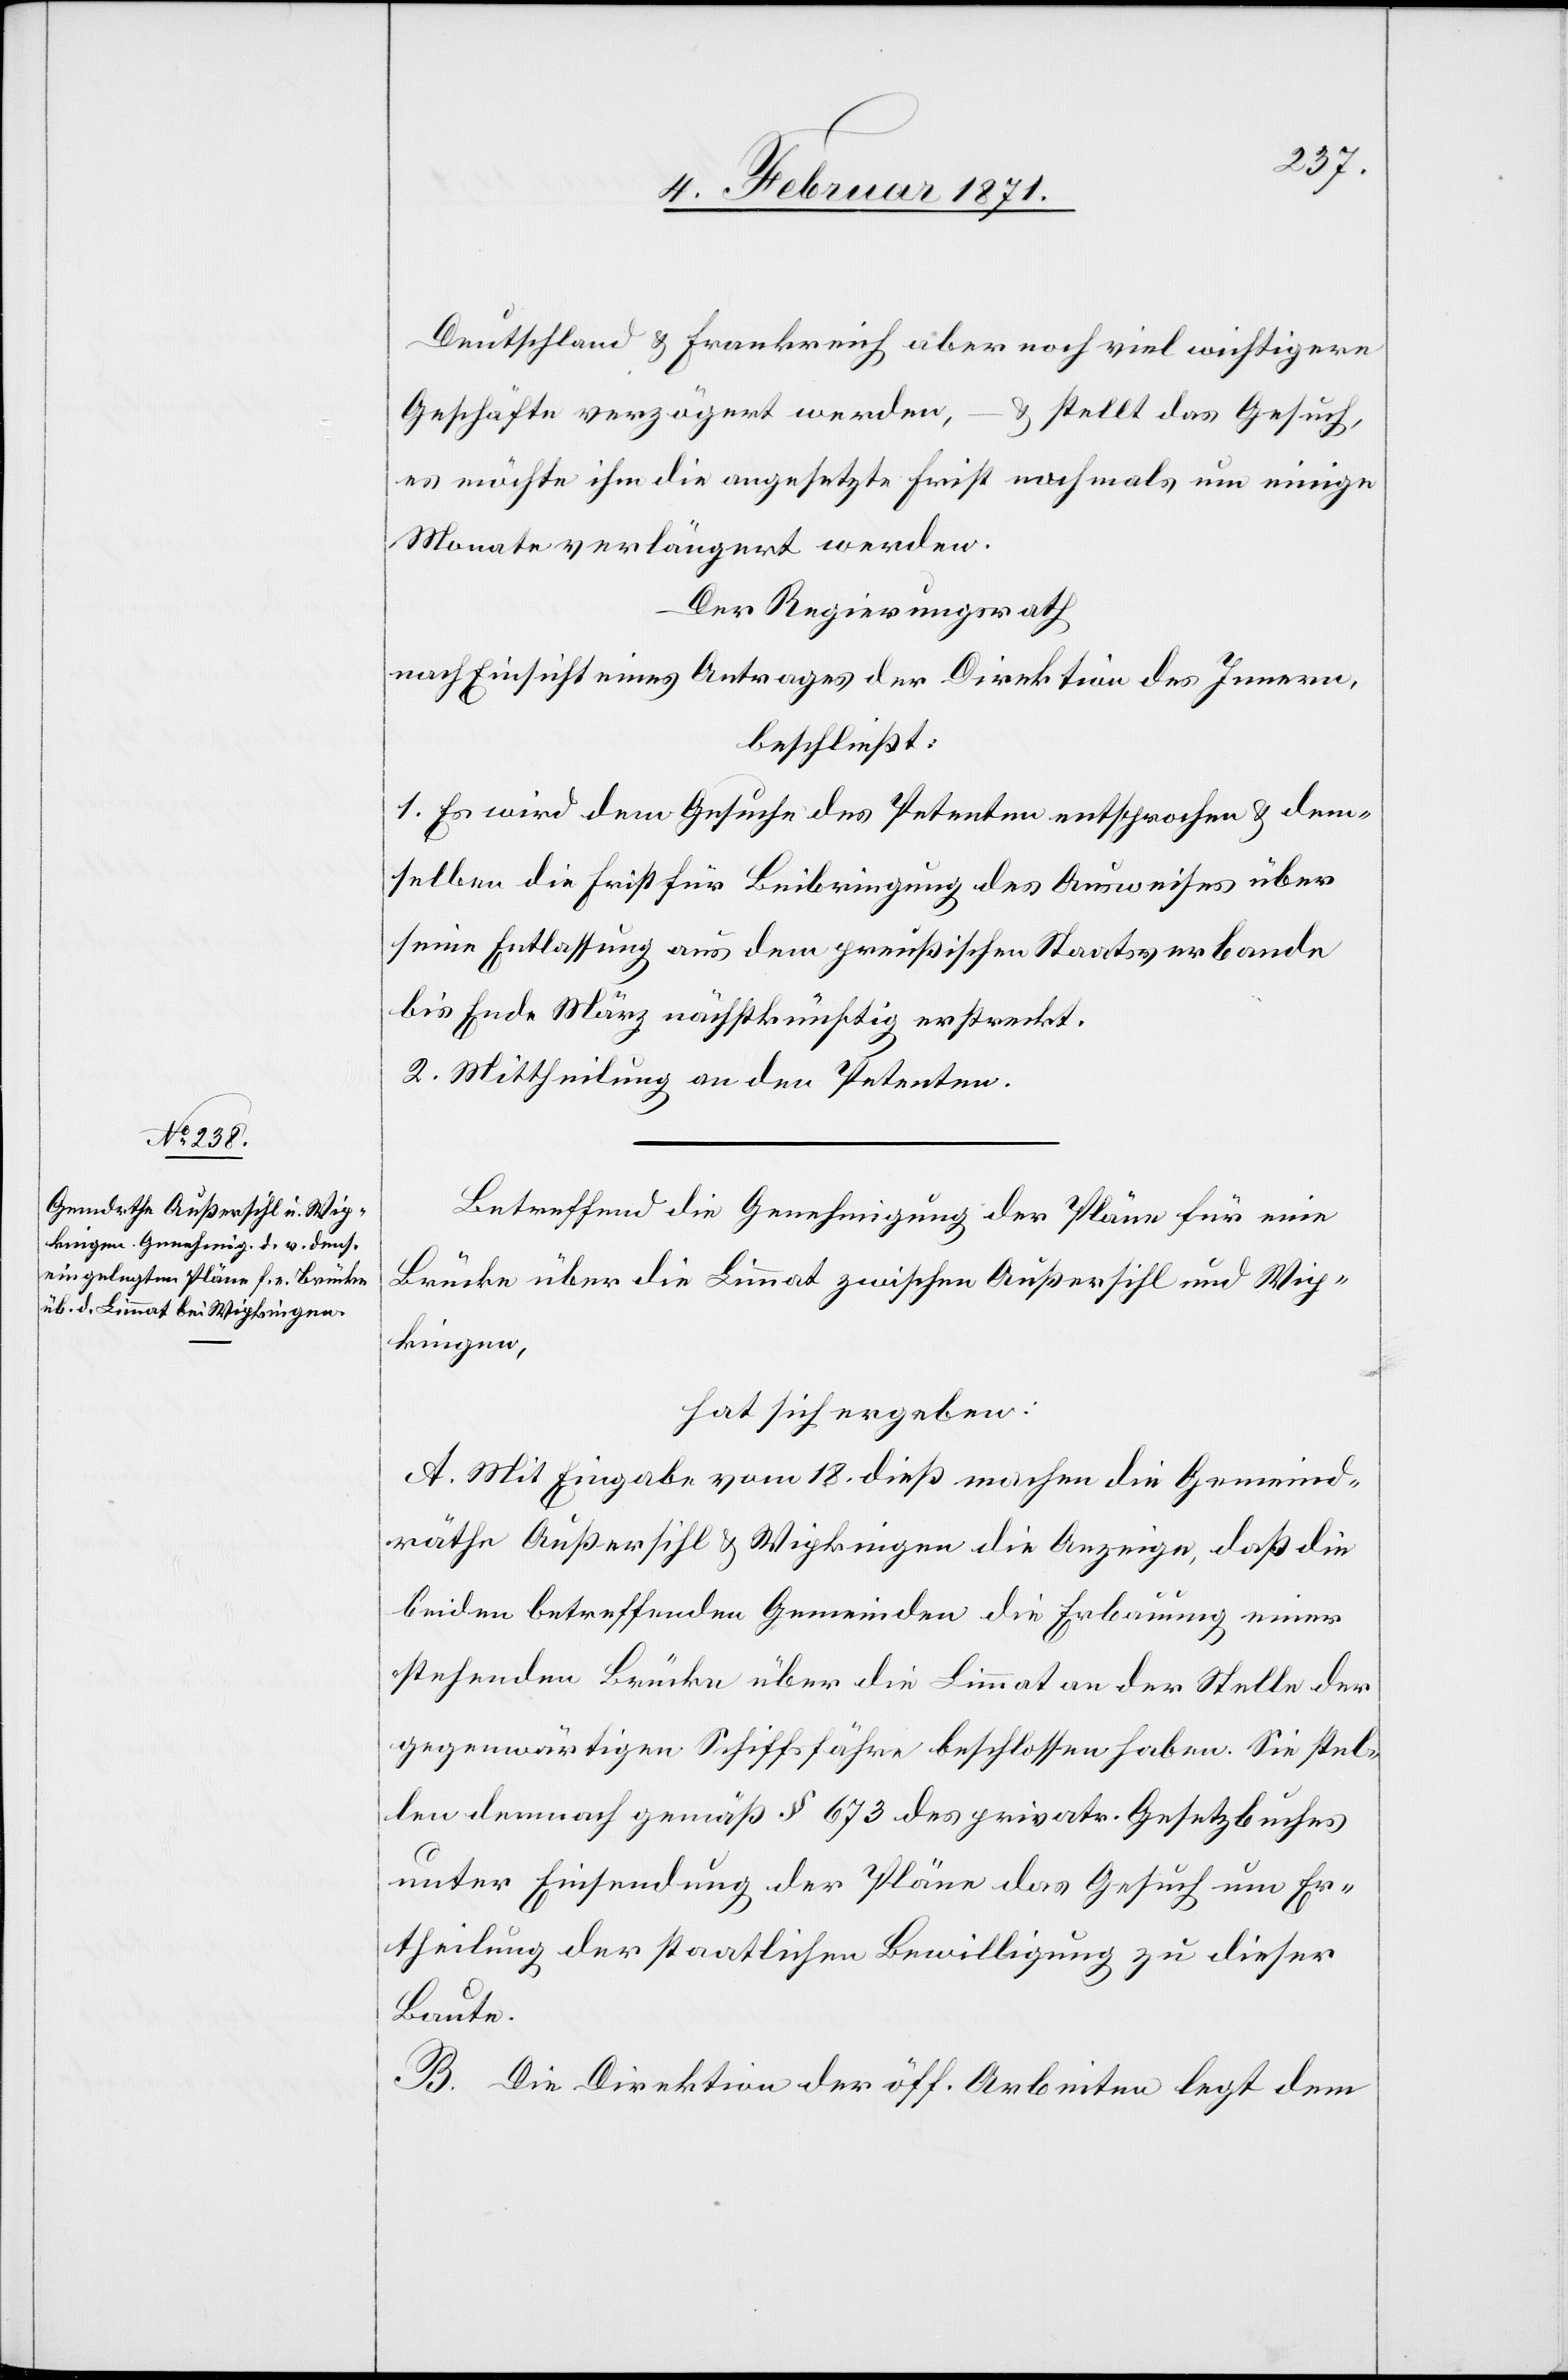
Deutschland u. Frankreich aber noch viel wichtigere
Geschäfte verzögert werden,
u. stellt das Gesuch,
es möchte ihm die angesetzte Frist nochmals um einige
Monate verlängert werden.
Der Regierungsrath
nach Einsicht eines Antrages der Direktion des Innern,
beschließt:
1. Es wird dem Gesuche des Petenten entsprochen u. dem¬
selben die Frist für Beibringung des Ausweises über
seine Entlassung aus dem preußischen Staatsverbande
bis Ende März nächstkünftig erstreckt.
2. Mittheilung an den Petenten.
Betreffend die Genehmigung der Pläne für eine
Brücke über die Limmat zwischen Außersihl und Wip¬
kingen,
hat sich ergeben:
A. Mit Eingabe vom 18. dieß machen die Gemeind¬
räthe Außersihl u. Wipkingen die Anzeige, daß die
beiden betreffenden Gemeinden die Erbauung einer
stehenden Brücke über die Limmat an der Stelle der
gegenwärtigen Schiffsfähre beschlossen haben. Sie stel¬
len demnach gemäß § 673 des privatr. Gesetzbuches
unter Einsendung der Pläne das Gesuch um Er¬
theilung der staatlichen Bewilligung zu dieser
Baute.
B. Die Direktion der öff. Arbeiten legt dem